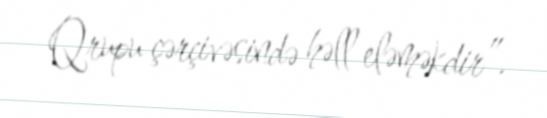
Qrupu çərçivəsində həll eləməkdir”.